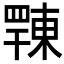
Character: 𢆦